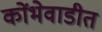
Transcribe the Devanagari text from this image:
कोंभेवाडीत